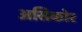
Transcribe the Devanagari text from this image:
असिकोर